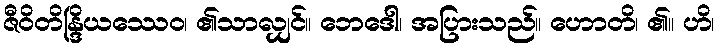
ဇီဝိတိန္ဒြိယဿေဝ၊ ၏သာလျှင်။ ဘေဒေါ၊ အပြားသည်။ ဟောတိ၊ ၏။ ဟိ၊